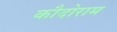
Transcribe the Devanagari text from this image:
कौदोराम